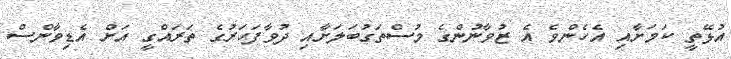
އުޅޭތީ ކަމަށާއި އެހެންވެ އެ ޒުވާނުންގެ މުސްތަގުބަލަށާއި ދުވާފަހަރުގެ ތަރައްގީ އަށް އެޑިވާންސް